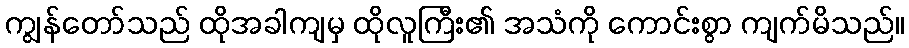
ကျွန်တော်သည် ထိုအခါကျမှ ထိုလူကြီး၏ အသံကို ကောင်းစွာ ကျက်မိသည်။